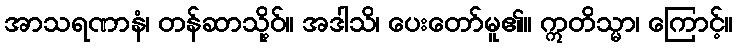
အာသရဏာနံ၊ တန်ဆာသို့ဝ်။ အဒါသိ၊ ပေးတော်မူ၏။ ဣတိသ္မာ၊ ကြောင့်။